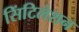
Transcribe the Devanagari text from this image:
सिंटिलेशन